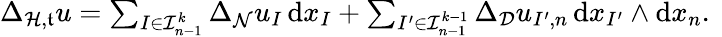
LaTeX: \begin{array}{r}{{{\Delta}}_{\mathcal{H},\mathfrak{t}}u=\sum_{I\in\mathcal{I}_{n-1}^{k}}\Delta_{\mathcal{N}}u_{I}\, \mathrm{d}{x_{I}}+\sum_{I^{\prime}\in\mathcal{I}_{n-1}^{k-1}}\Delta_{\mathcal{D}}u_{I^{\prime},n}\, \mathrm{d}{x_{I^{\prime}}}\wedge\mathrm{d}x_{n}\mathrm{.~}}\end{array}